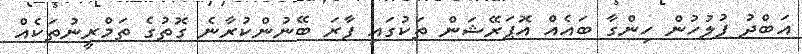
އަބްދު ފުލުހުން ހިންގާ ބައެއް އޮޕަރޭޝަން ތަކުގައި ފާރަ ބޭނުންކުރާނެ ގޮތުގެ ތަމްރީނުތަކެއް